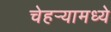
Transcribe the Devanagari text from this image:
चेहर्‍यामध्ये